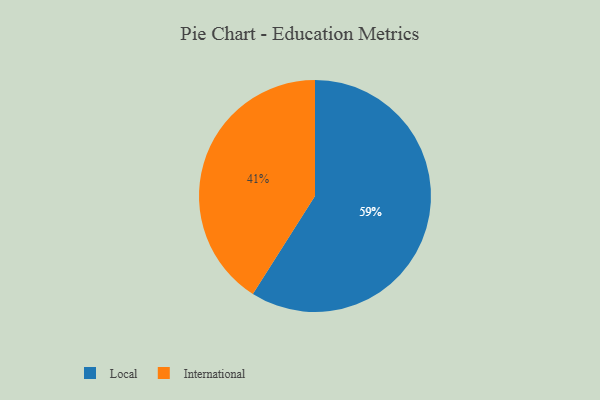
{"axis": {"x": "Category", "y": "Percentage"}, "legend": ["International", "Local"], "data": [{"x": "International", "y": 41, "type": "International"}, {"x": "Local", "y": 59, "type": "Local"}]}